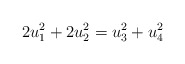
\begin{align*}\begin{aligned}2u_1^2 + 2u_2^2 = u_3^2 + u_4^2 \\\end{aligned}\end{align*}